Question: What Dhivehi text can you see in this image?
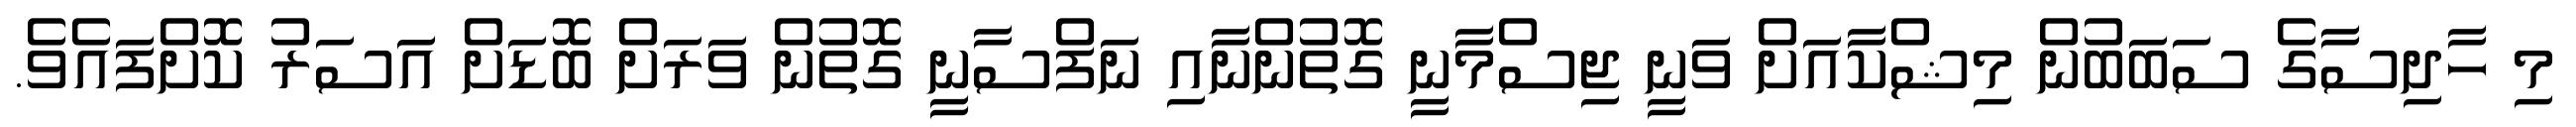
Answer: މި ހާދިސާގެ ސަބަބުން މިޝްކާއަށް ވަނީ ޖިސްމާނީ ގޮތުންނާއި ނަފްސާނީ ގޮތުން ވަރަށް ބޮޑަށް އަސަރު ކޮށްފައެވެ.